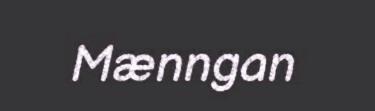
Mænngan